Document type: Sale
Year: 1440
Scribe: Pere Pau Pujades
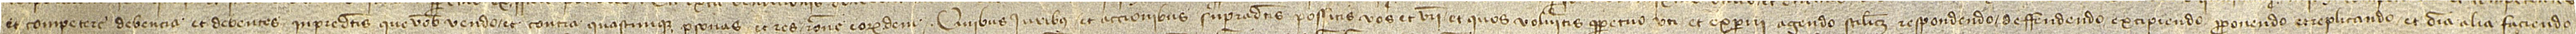
et competere debencia et debentes in predictis que vobis vendo et contra quascunque personas et res ratione eorumdem. Quibus iuribus et accionibus supradictis possitis vos et vestri et quos volueritis perpetuo uti et experiri, agendo scilicet, respondendo, deffendendo, excipiendo, proponendo et replicando et omnia alia faciendo,